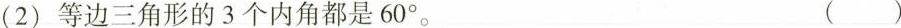
(2)等边三角形的3个内角都是60°。 ( )